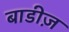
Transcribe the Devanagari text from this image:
बाडीज़